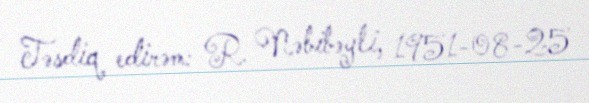
Təsdiq edirəm: R. Nəbibəyli, 1951-08-25